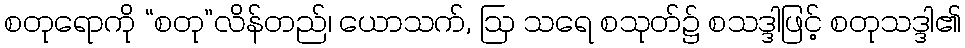
စတုရောကို “စတု”လိန်တည်၊ ယောသက်, ဩ သရေ စသုတ်၌ စသဒ္ဒါဖြင့် စတုသဒ္ဒါ၏